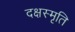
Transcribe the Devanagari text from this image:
दक्षस्मृति